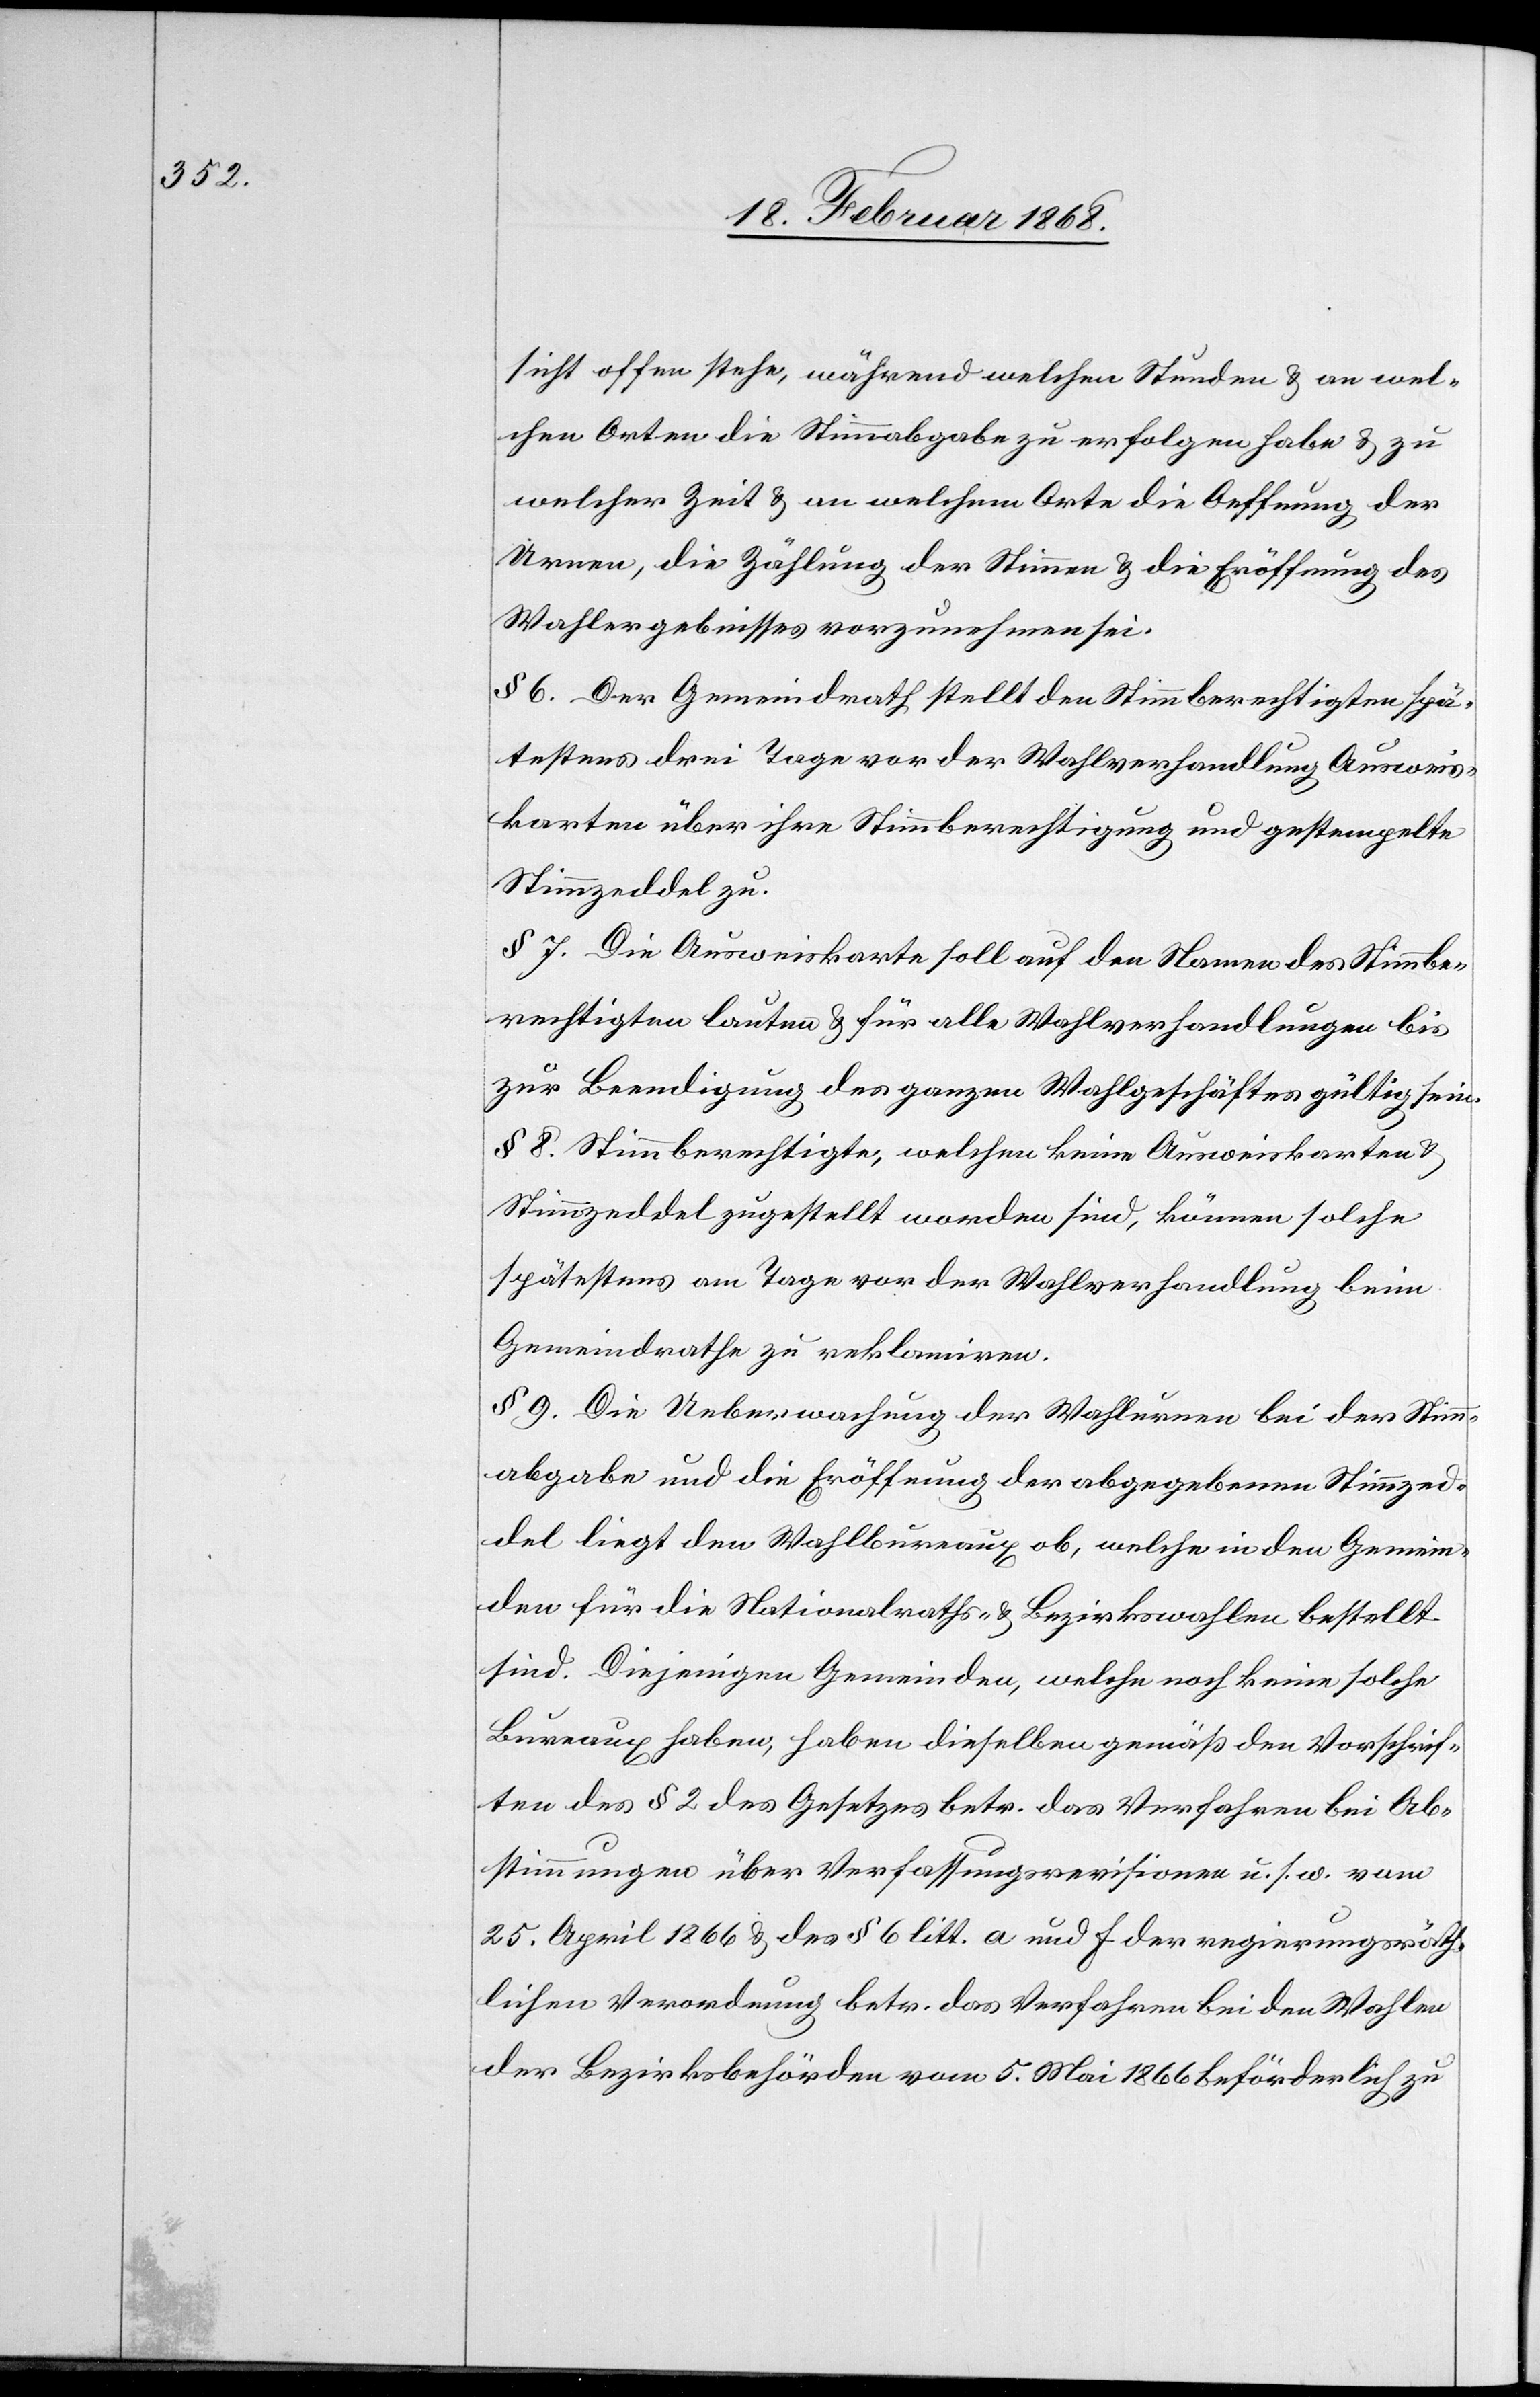
sicht offen stehe, während welchen Stunden & an wel¬
chen Orten die Stimmabgabe zu erfolgen habe & zu
welcher Zeit & an welchem Orte die Oeffnung der
Urnen, die Zählung der Stimmen & die Eröffnung des
Wahlergebnisses vorzunehmen sei.
§ 6. Der Gemeindrath stellt den Stimmberechtigten spä¬
testens drei Tage vor der Wahlverhandlung Ausweis¬
karten über ihre Stimmberechtigung und gestempelte
Stimmzeddel zu.
§ 7. Die Ausweiskarte soll auf den Namen des Stimmbe¬
rechtigten lauten & für alle Wahlverhandlungen bis
zur Beendigung des ganzen Wahlgeschäftes gültig sein.
§ 8. Stimmberechtigte, welchen keine Ausweiskarten &
Stimmzeddel zugestellt worden sind, können solche
spätestens am Tage vor der Wahlverhandlung beim
§ 9. Die Ueberwachung der Wahlurnen bei der Stimm¬
abgabe und die Eröffnung der abgegebenen Stimmzed¬
del liegt den Wahlbureaux ob, welche in den Gemein¬
den für die Nationalraths- & Bezirkswahlen bestellt
sind. Diejenigen Gemeinden, welche noch keine solche
Bureaux haben, haben dieselben gemäß den Vorschrif¬
ten des § 2 des Gesetzes betr. das Verfahren bei Ab¬
stimmungen über Verfassungsrevisionen u. s. w. vom
25. April 1866 & des § 6 litt. a und f der regierungsräth¬
lichen Verordnung betr. das Verfahren bei den Wahlen
der Bezirksbehörden vom 5. Mai 1866 beförderlich zu